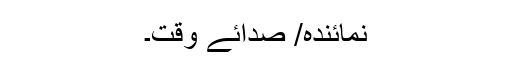
نمائندہ/ صدائے وقت۔